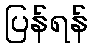
ပြန်ရန်